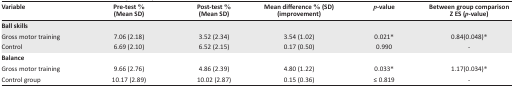
| Variable | Pre-test % (Mean SD) | Post-test % (Mean SD) | Mean difference % (SD) (improvement) | p-value | Between group comparison Z ES (p-value) |
 | --- | --- | --- | --- | --- | --- |
 | <COLSPAN=6> Ball skills |
 | Gross motor training | 7.06 (2.18) | 3.52 (2.34) | 3.54 (1.02) | 0.021* | 0.84(0.048)* |
 | Control | 6.69 (2.10) | 6.52 (2.15) | 0.17 (0.50) | 0.990 | - |
 | <COLSPAN=6> Balance |
 | Gross motor training | 9.66 (2.76) | 4.86 (2.39) | 4.80 (1.22) | 0.033* | 1.17(0.034)* |
 | Control group | 10.17 (2.89) | 10.02 (2.87) | 0.15 (0.36) | ≤ 0.819 | - |